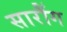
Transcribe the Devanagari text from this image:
सारौंग